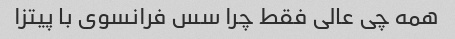
همه چی عالی فقط چرا سس فرانسوی با پیتزا